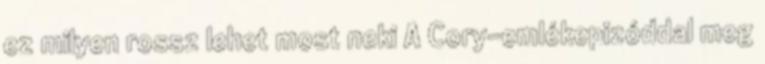
ez milyen rossz lehet most neki A Cory-emlékepizóddal meg